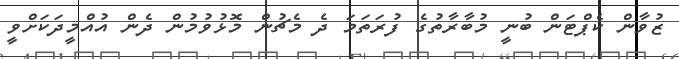
ޒުވާން ކެޕްޓަން ބުނީ މުބާރާތުގެ ފުރަތަމަ ދެ މެޗުން މޮޅުވުމުން ދެން އުއްމީދަކަށްވީ